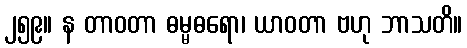
၂၅၉။ န တာဝတာ ဓမ္မဓရော၊ ယာဝတာ ဗဟု ဘာသတိ။